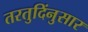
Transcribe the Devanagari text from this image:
तरतुदिंनुसार